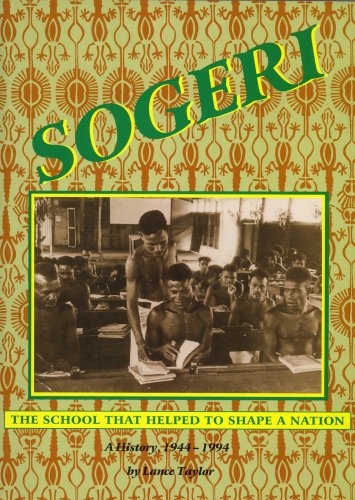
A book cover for Sogeri: The School That Helped to Shape a Nation- A History, 1944-1994; LANCE TAYLOR; History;